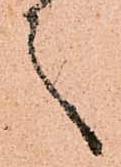
言